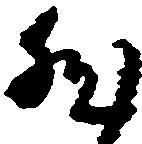
然